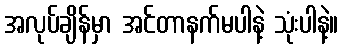
အလုပ်ချိန်မှာ အင်တာနက်မပါနဲ့ သုံးပါနဲ့။